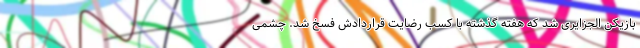
بازیکن الجزایری شد که هفته گذشته با کسب رضایت قراردادش فسخ شد. چشمی